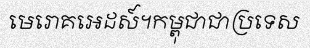
មេរោគអេដស៍។កម្ពុជាជាប្រទេស